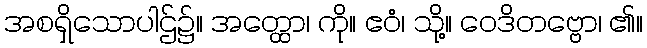
အစရှိသောပါဌ်၌။ အတ္ထော၊ ကို။ ဧဝံ၊ သို့။ ဝေဒိတဗ္ဗော၊ ၏။